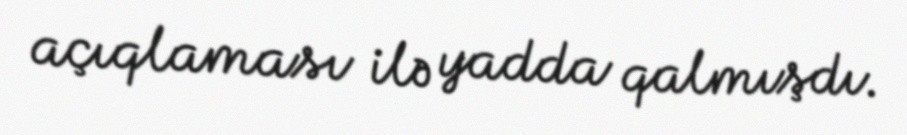
açıqlaması ilə yadda qalmışdı.